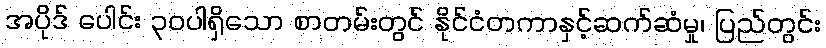
အပိုဒ် ပေါင်း ၃၀ပါရှိသော စာတမ်းတွင် နိုင်ငံတကာနှင့်ဆက်ဆံမှု၊ ပြည်တွင်း